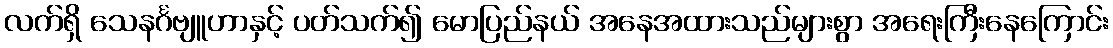
လက်ရှိ သေနင်္ဂဗျူဟာနှင့် ပတ်သက်၍ မောပြည်နယ် အနေအထားသည်များစွာ အရေးကြီးနေကြောင်း